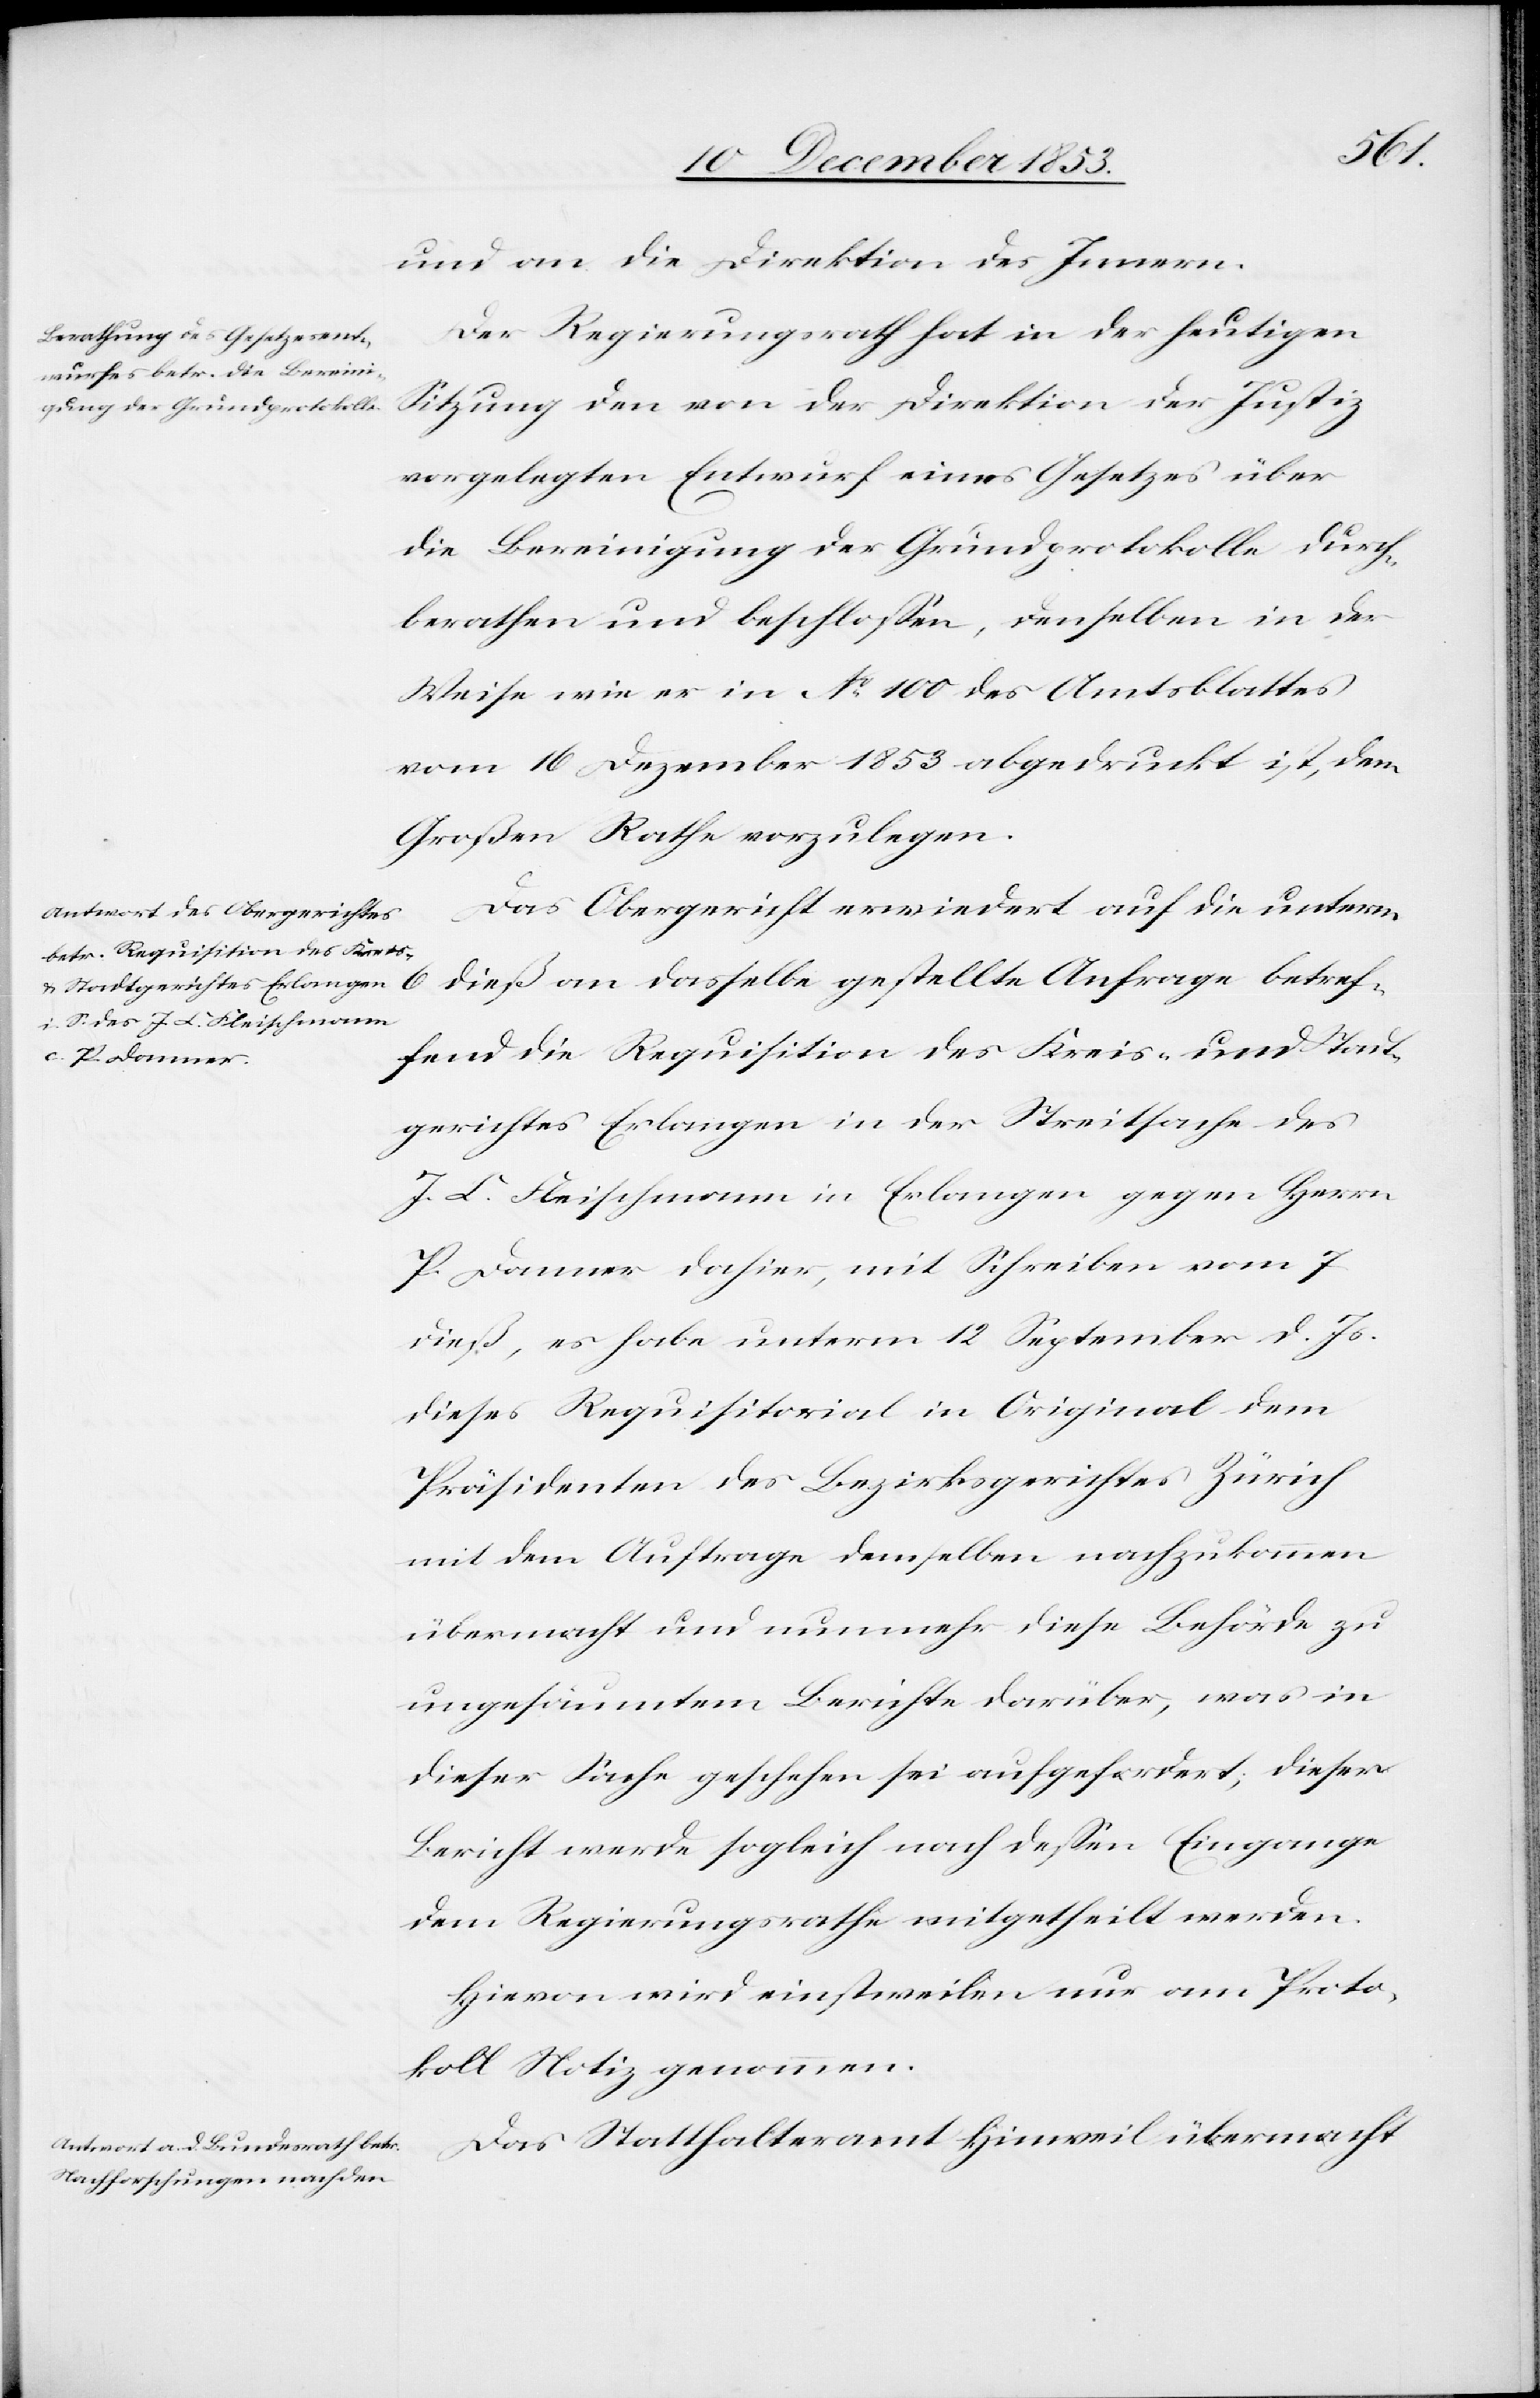
und an die Direktion des Innern.
Der Regierungsrath hat in der heutigen
Sitzung den von der Direktion der Justiz
vorgelegten Entwurf eines Gesetzes über
die Bereinigung der Grundprotokolle durch¬
berathen und beschloßen, denselben in der
Weise wie es in N° 100 des Amtsblattes
vom 16 Dezember 1853 abgedruckt ist, dem
Großen Rathe vorzulegen.
Das Obergericht erwiedert auf die unterm
dieß an dasselbe gestellte Anfrage betref¬
fend die Requisition des Kreis- und Stadt¬
gerichtes Erlangen in der Streitsache des
J. C. Fleischmann in Erlangen gegen Herrn
P. Donner dahier, mit Schreiben vom 7
dieß, es habe unterm 12 September d. Js.
dieses Requistorial in Original dem
Präsidenten des Bezirksgerichtes Zürich
mit dem Auftrage demselben nachzukommen
übermacht und nunmehr diese Behörde zu
ungesaumtem [sic!] Berichte darüber, was in
dieser Sache geschehen sei aufgefordert; dieser
Bericht werde sogleich nach deßen Eingange
dem Regierungsrathe mitgetheilt werden.
Hievon wird einstweilen nur am Proto¬
koll Notiz genommen.
Das Statthalteramt Hinweil übermacht